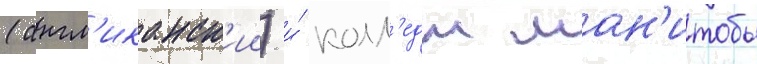
(англ'иканск'ии) и́ колл'едж ман'итобы